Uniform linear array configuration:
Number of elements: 16
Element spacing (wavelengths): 0.5
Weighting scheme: exponential
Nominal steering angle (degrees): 0
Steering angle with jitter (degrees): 0.3515
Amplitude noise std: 0.05
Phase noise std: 0.05

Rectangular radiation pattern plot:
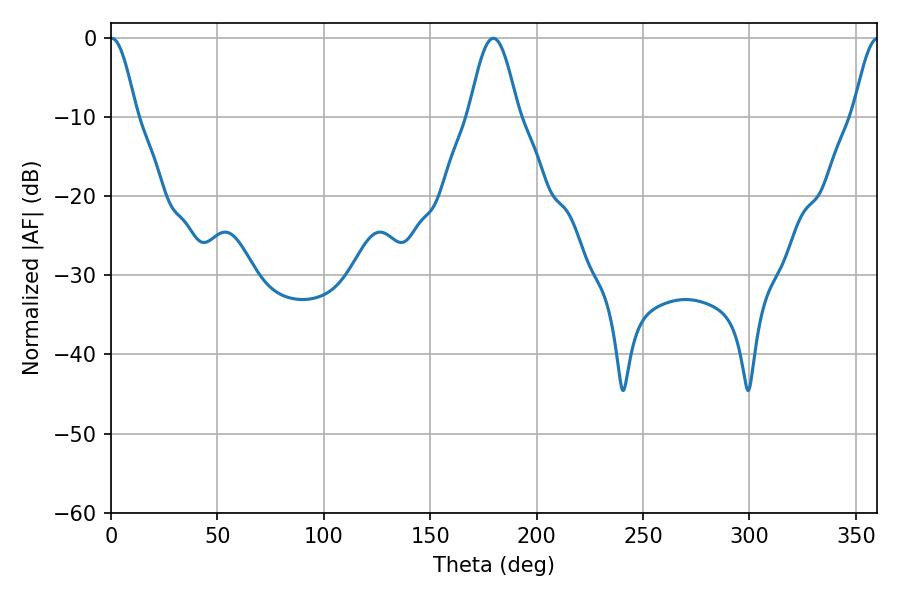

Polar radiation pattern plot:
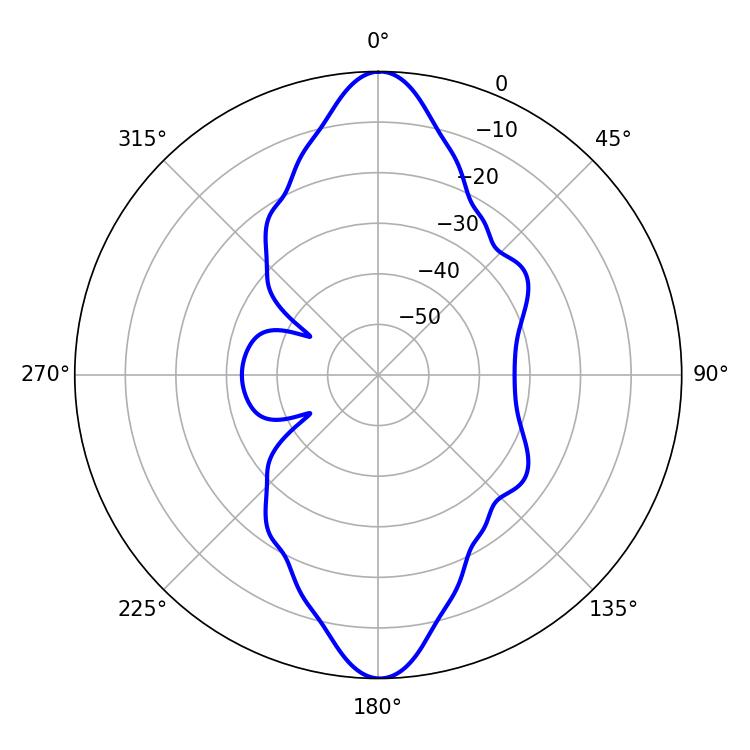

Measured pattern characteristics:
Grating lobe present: FALSE
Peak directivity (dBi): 28.171
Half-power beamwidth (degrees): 6.48
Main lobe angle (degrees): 0.36